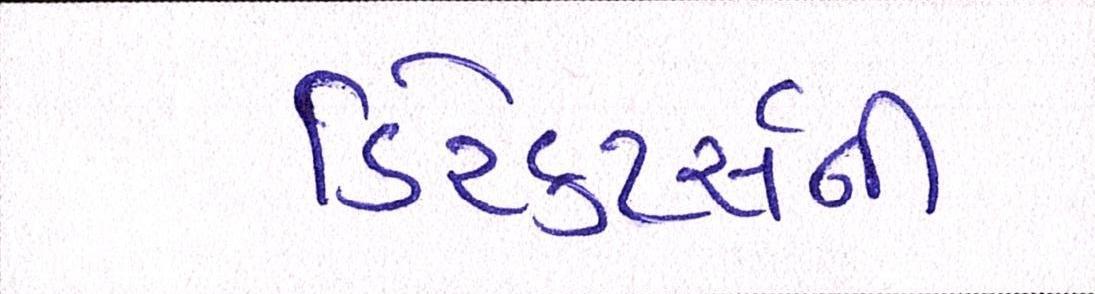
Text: ડિરેક્ટર્સની